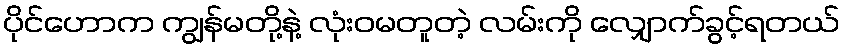
ပိုင်ဟောက ကျွန်မတို့နဲ့ လုံးဝမတူတဲ့ လမ်းကို လျှောက်ခွင့်ရတယ်